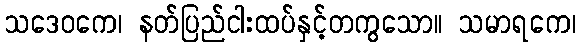
သဒေဝကေ၊ နတ်ပြည်ငါးထပ်နှင့်တကွသော။ သမာရကေ၊